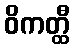
ဝိကတ္ထီ